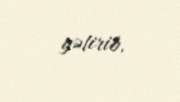
gətirib.